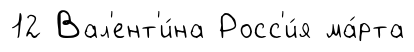
12 Вал'ент'и́на Росс'и́я ма́рта